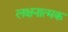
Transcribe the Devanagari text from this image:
लक्षनात्मक